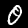
Digit: 0